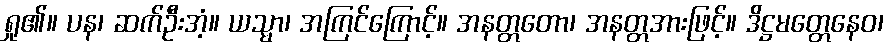
ရှု၏။ ပန၊ ဆက်ဦးအံ့။ ယသ္မာ၊ အကြင်ကြောင့်။ အနတ္တတော၊ အနတ္တအားဖြင့်။ ဒိဋ္ဌမတ္တေနေဝ၊